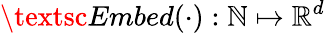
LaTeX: \textsc{Embed}(\cdot):\mathbb{N}\mapsto\mathbb{R}^{d}